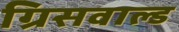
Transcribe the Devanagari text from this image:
ग्रिसवाल्ड